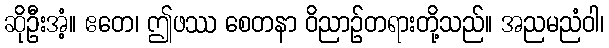
ဆိုဦးအံ့။ ဧတေ၊ ဤဖဿ စေတနာ ဝိညာဉ်တရားတို့သည်။ အညမညံဝါ၊